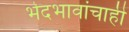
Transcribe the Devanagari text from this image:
भेदभावांचाही